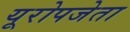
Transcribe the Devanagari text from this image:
यूरोपजेता